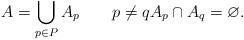
LaTeX: \begin{align*} A=\bigcup_{p\in P}A_p \qquad p\neq qA_p\cap A_q=\varnothing.\end{align*}